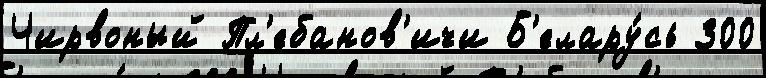
Чирвоный Пл'ебанов'ичи Б'елару́сь 300